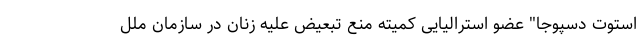
استوت دسپوجا" عضو استرالیایی کمیته منع تبعیض علیه زنان در سازمان ملل